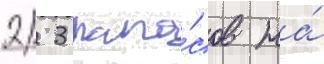
2/ 3 запа́сов на́